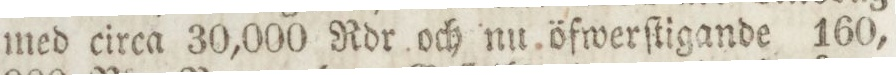
med circa 30,000 Rdr och nu öfwerſtigande 160,